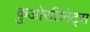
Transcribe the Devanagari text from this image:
कुओरडिनेट्स